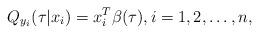
LaTeX: \begin{align*} Q_{y_i}(\tau|x_i)=x_i^{T}\beta(\tau),i=1,2,\ldots,n,\end{align*}